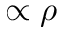
\propto \rho